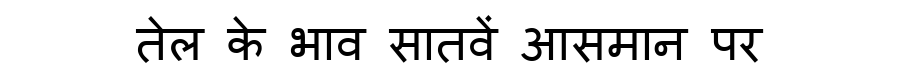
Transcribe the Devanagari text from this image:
तेल के भाव सातवें आसमान पर